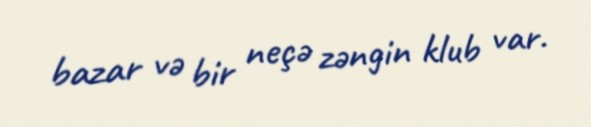
bazar və bir neçə zəngin klub var.